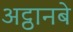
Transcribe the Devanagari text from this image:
अट्ठानबे